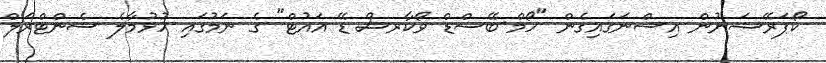
ކޯޕަރޭޝަނުން އިސްނަގައިގެން "ހޯމް-ބޭސްޑް ވޯކާރސް ޑޭ އައުޓް" ގެ ނަމުގައި ހުޅުމާލެ ސެންޓްރަލް